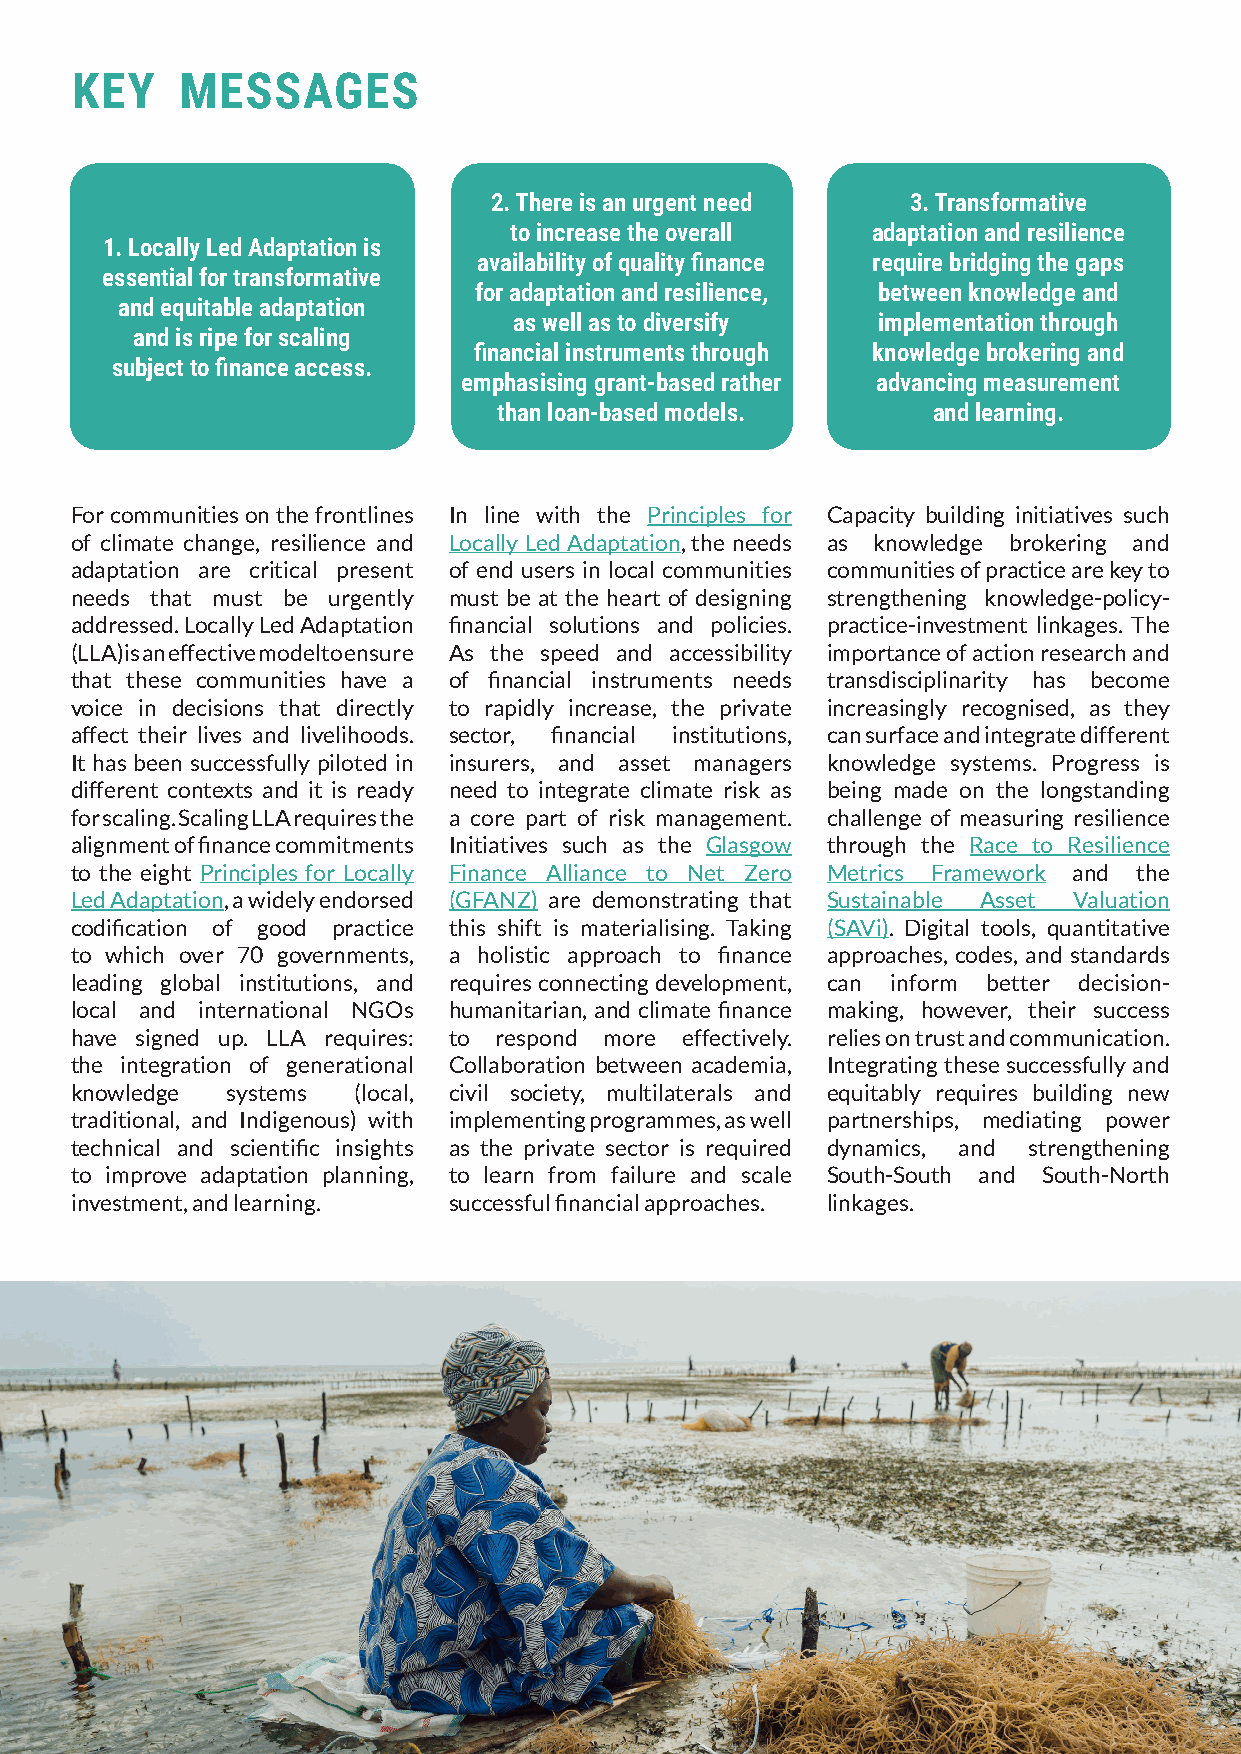
KEY    MESSAGES
 2. There is an urgent need  3. Transformative
 to increase the overall adaptation and resilience
 1. Locally Led Adaptation is
 availability of quality finance require bridging the gaps
 essential for transformative
 for adaptation and resilience, between knowledge and
 and equitable adaptation
 as well as to diversify implementation through
 and is ripe for scaling
 financial instruments through knowledge brokering and
 subject to finance access.
 emphasising grant-based rather advancing measurement
 than loan-based models.      and learning.
 For communities on the frontlines In line with the Principles for Capacity building initiatives such
 of climate change, resilience and Locally Led Adaptation, the needs as knowledge brokering and
 adaptation are critical present of end users in local communities communities of practice are key to
 needs that must be urgently must be at the heart of designing strengthening knowledge-policy-
 addressed. Locally Led Adaptation financial solutions and policies. practice-investment linkages. The
 (LLA) is an effective model to ensure As the speed and accessibility importance of action research and
 that these communities have a of financial instruments needs transdisciplinarity has become
 voice in decisions that directly to rapidly increase, the private increasingly recognised, as they
 affect their lives and livelihoods. sector, financial institutions, can surface and integrate different
 It has been successfully piloted in insurers, and asset managers knowledge systems. Progress is
 different contexts and it is ready need to integrate climate risk as being made on the longstanding
 for scaling. Scaling LLA requires the a core part of risk management. challenge of measuring resilience
 alignment of finance commitments Initiatives such as the Glasgow through the Race to Resilience
 to the eight Principles for Locally Finance Alliance to Net Zero Metrics Framework and the
 Led Adaptation, a widely endorsed (GFANZ) are demonstrating that Sustainable Asset Valuation
 codification of good practice this shift is materialising. Taking (SAVi). Digital tools, quantitative
 to which over 70 governments, a holistic approach to finance approaches, codes, and standards
 leading global institutions, and requires connecting development, can inform better decision-
 local and international NGOs humanitarian, and climate finance making, however, their success
 have signed up. LLA requires: to respond more effectively. relies on trust and communication.
 the integration of generational Collaboration between academia, Integrating these successfully and
 knowledge systems (local, civil society, multilaterals and equitably requires building new
 traditional, and Indigenous) with implementing programmes, as well partnerships, mediating power
 technical and scientific insights as the private sector is required dynamics, and strengthening
 to improve adaptation planning, to learn from failure and scale South-South and South-North
 investment, and learning. successful financial approaches. linkages.
 10